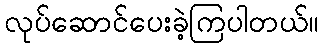
လုပ်ဆောင်ပေးခဲ့ကြပါတယ်။